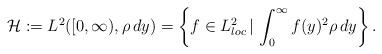
LaTeX: \begin{align*} \mathcal H:=L^{2}([0,\infty),\rho\,dy)=\left\{f\in L^{2}_{loc}\,|\,\int_{0}^{\infty}f(y)^{2}\rho\,dy\right\}.\end{align*}